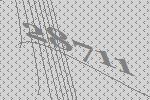
28711